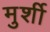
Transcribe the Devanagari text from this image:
मुर्शी